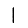
Digit: 1